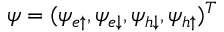
\psi = ( \psi _ { e \uparrow } , \psi _ { e \downarrow } , \psi _ { h \downarrow } , \psi _ { h \uparrow } ) ^ { T }